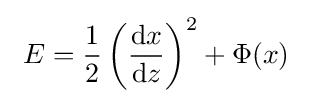
~E={\frac {1}{2}}\left({\frac {{\rm {d}}x}{{\rm {d}}z}}\right)^{2}+\Phi (x)~